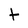
Character: t